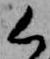
く